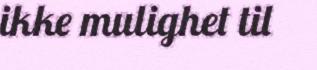
ikke mulighet til